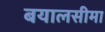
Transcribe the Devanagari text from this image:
बयालसीमा